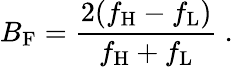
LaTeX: B_{\mathrm{F}}={\frac{2(f_{\mathrm{H}}-f_{\mathrm{L}})}{f_{\mathrm{H}}+f_{\mathrm{L}}}}\ .